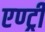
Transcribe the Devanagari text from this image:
एण्ट्री